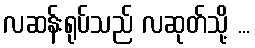
လဆန်းရုပ်သည် လဆုတ်သို့ ...